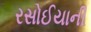
રસોઈયાની